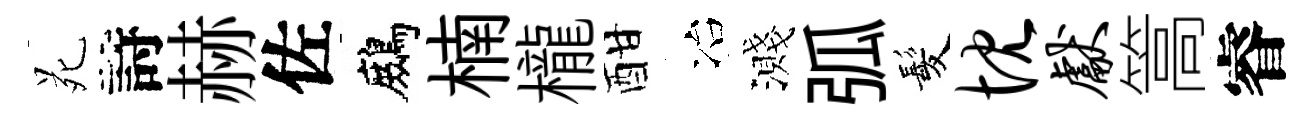
苑詩赫佐鷓楠櫳酣冶濺弧髪忱献篙睿